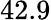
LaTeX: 42.9